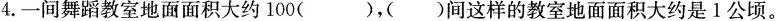
4.一间舞蹈教室地面面积大约100()，()间这样的教室地面面积大约是1公顷。